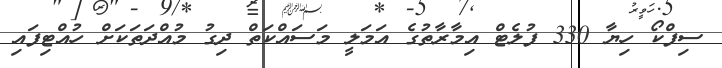
ސިފްކޯ ހިޔާ 330 ފުލެޓް އިމާރާތުގެ އަމަލީ މަސައްކަތް ދިގު މުއްދަތަކަށް ހުއްޓިފައި